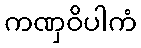
ကဏှဝိပါကံ